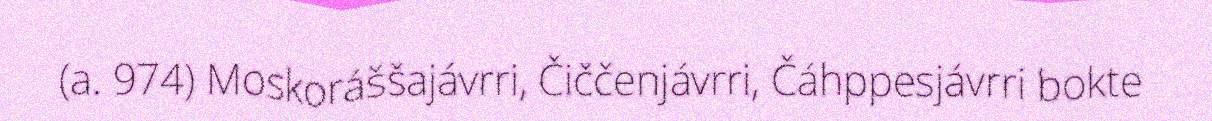
(a. 974) Moskoráššajávrri, Čiččenjávrri, Čáhppesjávrri bokte